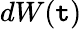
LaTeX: dW(\mathtt{t})